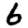
Digit: 6